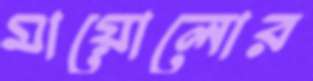
মায়োলোর